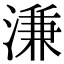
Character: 溓